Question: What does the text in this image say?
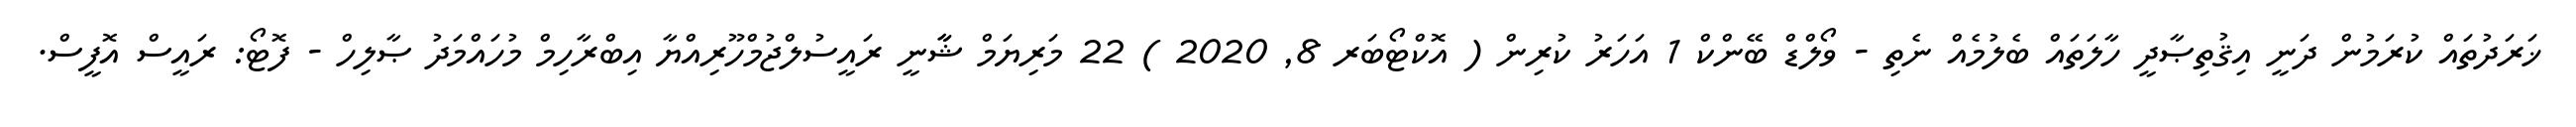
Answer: ޚަރަދުތައް ކުރަމުން ދަނީ އިޤުތިޞާދީ ހާލަތައް ބެލުމެއް ނެތި - ވޯލްޑް ބޭންކް 1 އަހަރު ކުރިން ( އޮކްޓޯބަރ 8, 2020 ) 22 މަރިޔަމް ޝާާނީ ރައީސުލްޖުމްހޫރިއްޔާ އިބްރާހިމް މުހައްމަދު ޞާލިހް - ފޮޓޯ: ރައީސް އޮފީސް.